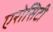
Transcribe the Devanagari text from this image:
एरोसिटी